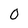
Character: 0